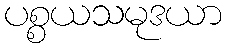
ပစ္စယသမုဒယာ